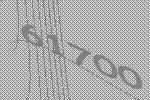
61700